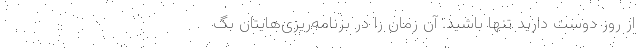
از روز دوست دارید تنها باشید. آن زمان را در برنامه‌ریزی‌هایتان بگ